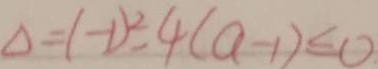
\Delta = ( - 1 ) ^ { 2 } - 4 ( a - 1 ) \leq 0